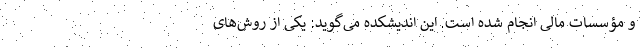
و مؤسسات مالی انجام شده است. این اندیشکده می‌گوید: یکی از روش‌های